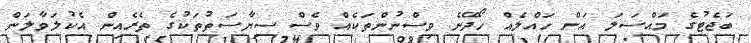
ބަޖެޓުގެ މައްސަލަ އަށް ހައްލެއް ހޯދޭނެ ވިސްނުންތަކެއް ވެސް ސިޔާސަތުތަކުގެ ތެރެއިން އެކުލަވާލަން